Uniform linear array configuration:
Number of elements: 8
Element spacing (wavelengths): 0.5
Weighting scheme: kaiser
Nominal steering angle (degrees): -45
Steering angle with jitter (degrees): -46.549
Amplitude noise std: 0.05
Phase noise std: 0.05

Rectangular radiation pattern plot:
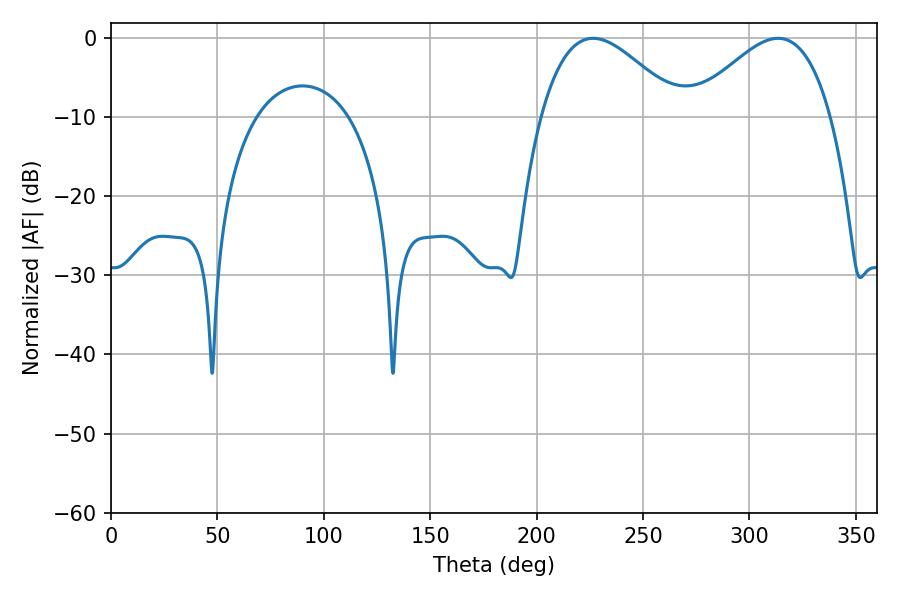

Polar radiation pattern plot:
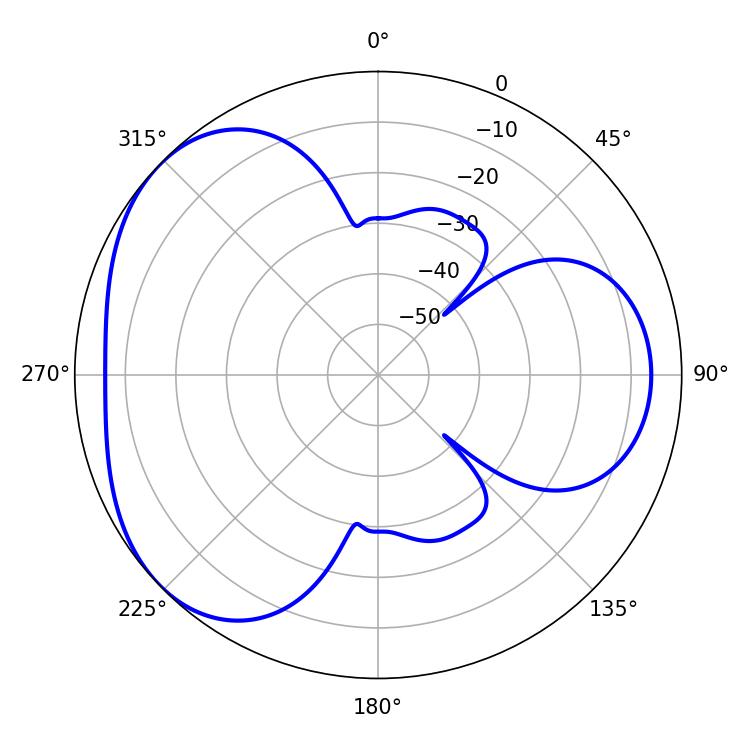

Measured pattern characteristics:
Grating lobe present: FALSE
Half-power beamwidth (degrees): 35.46
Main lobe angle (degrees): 226.62